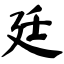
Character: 廷